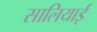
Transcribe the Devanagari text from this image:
सालियाई